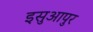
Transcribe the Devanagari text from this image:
इसुआपुर